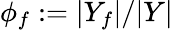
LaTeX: \phi_{f}:=|Y_{f}|/|Y|